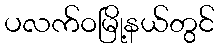
ပလက်ဝမြို့နယ်တွင်